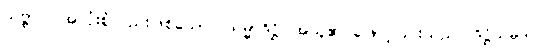
သဗ္ဗာပိ၊ အလုံးစုံလည်းဖြစ်သော။ သမ္မာဒိဋ္ဌိ၊ အယူ၏ ဖြောင့်ခြင်းသည်။ ဒိဋ္ဌိသမ္ပဒါ၊